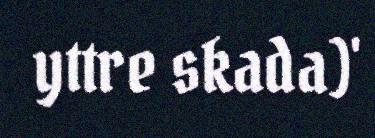
yttre skada)'